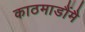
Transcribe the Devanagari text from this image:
काठमाडौंमै